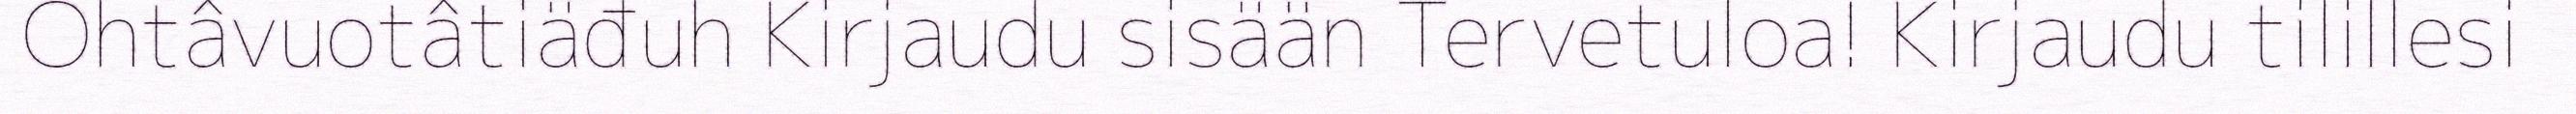
Ohtâvuotâtiäđuh Kirjaudu sisään Tervetuloa! Kirjaudu tilillesi